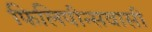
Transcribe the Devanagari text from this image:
फिलिपीन्सवासी